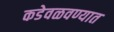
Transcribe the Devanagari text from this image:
कडेवळवण्यात